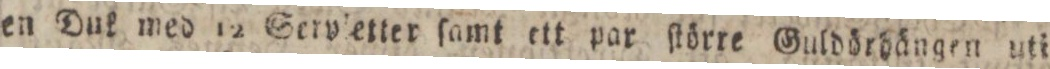
en Duk med 12 Seryletter ſamt ett par ſtörre Guldörhängen uti